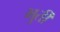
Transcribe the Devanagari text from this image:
भुर्ती